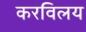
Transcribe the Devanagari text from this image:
करविलय